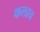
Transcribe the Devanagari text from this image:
कलाच